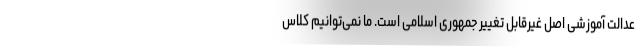
عدالت آموزشی اصل غیرقابل تغییر جمهوری اسلامی است. ما نمی‌توانیم کلاس